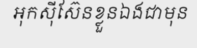
អុកស៊ីស៊ែនខ្លួនឯងជាមុន